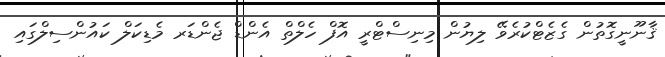
ޤާނޫނީގޮތުން ގެޒެޓްކުރެވޭ ލިޔުން މިނިސްޓްރީ އޮފް ހެލްތް އެންޑް ޖެންޑަރ މެޑިކަލް ކައުންސިލްގައި